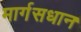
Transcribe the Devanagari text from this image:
मार्गसधान